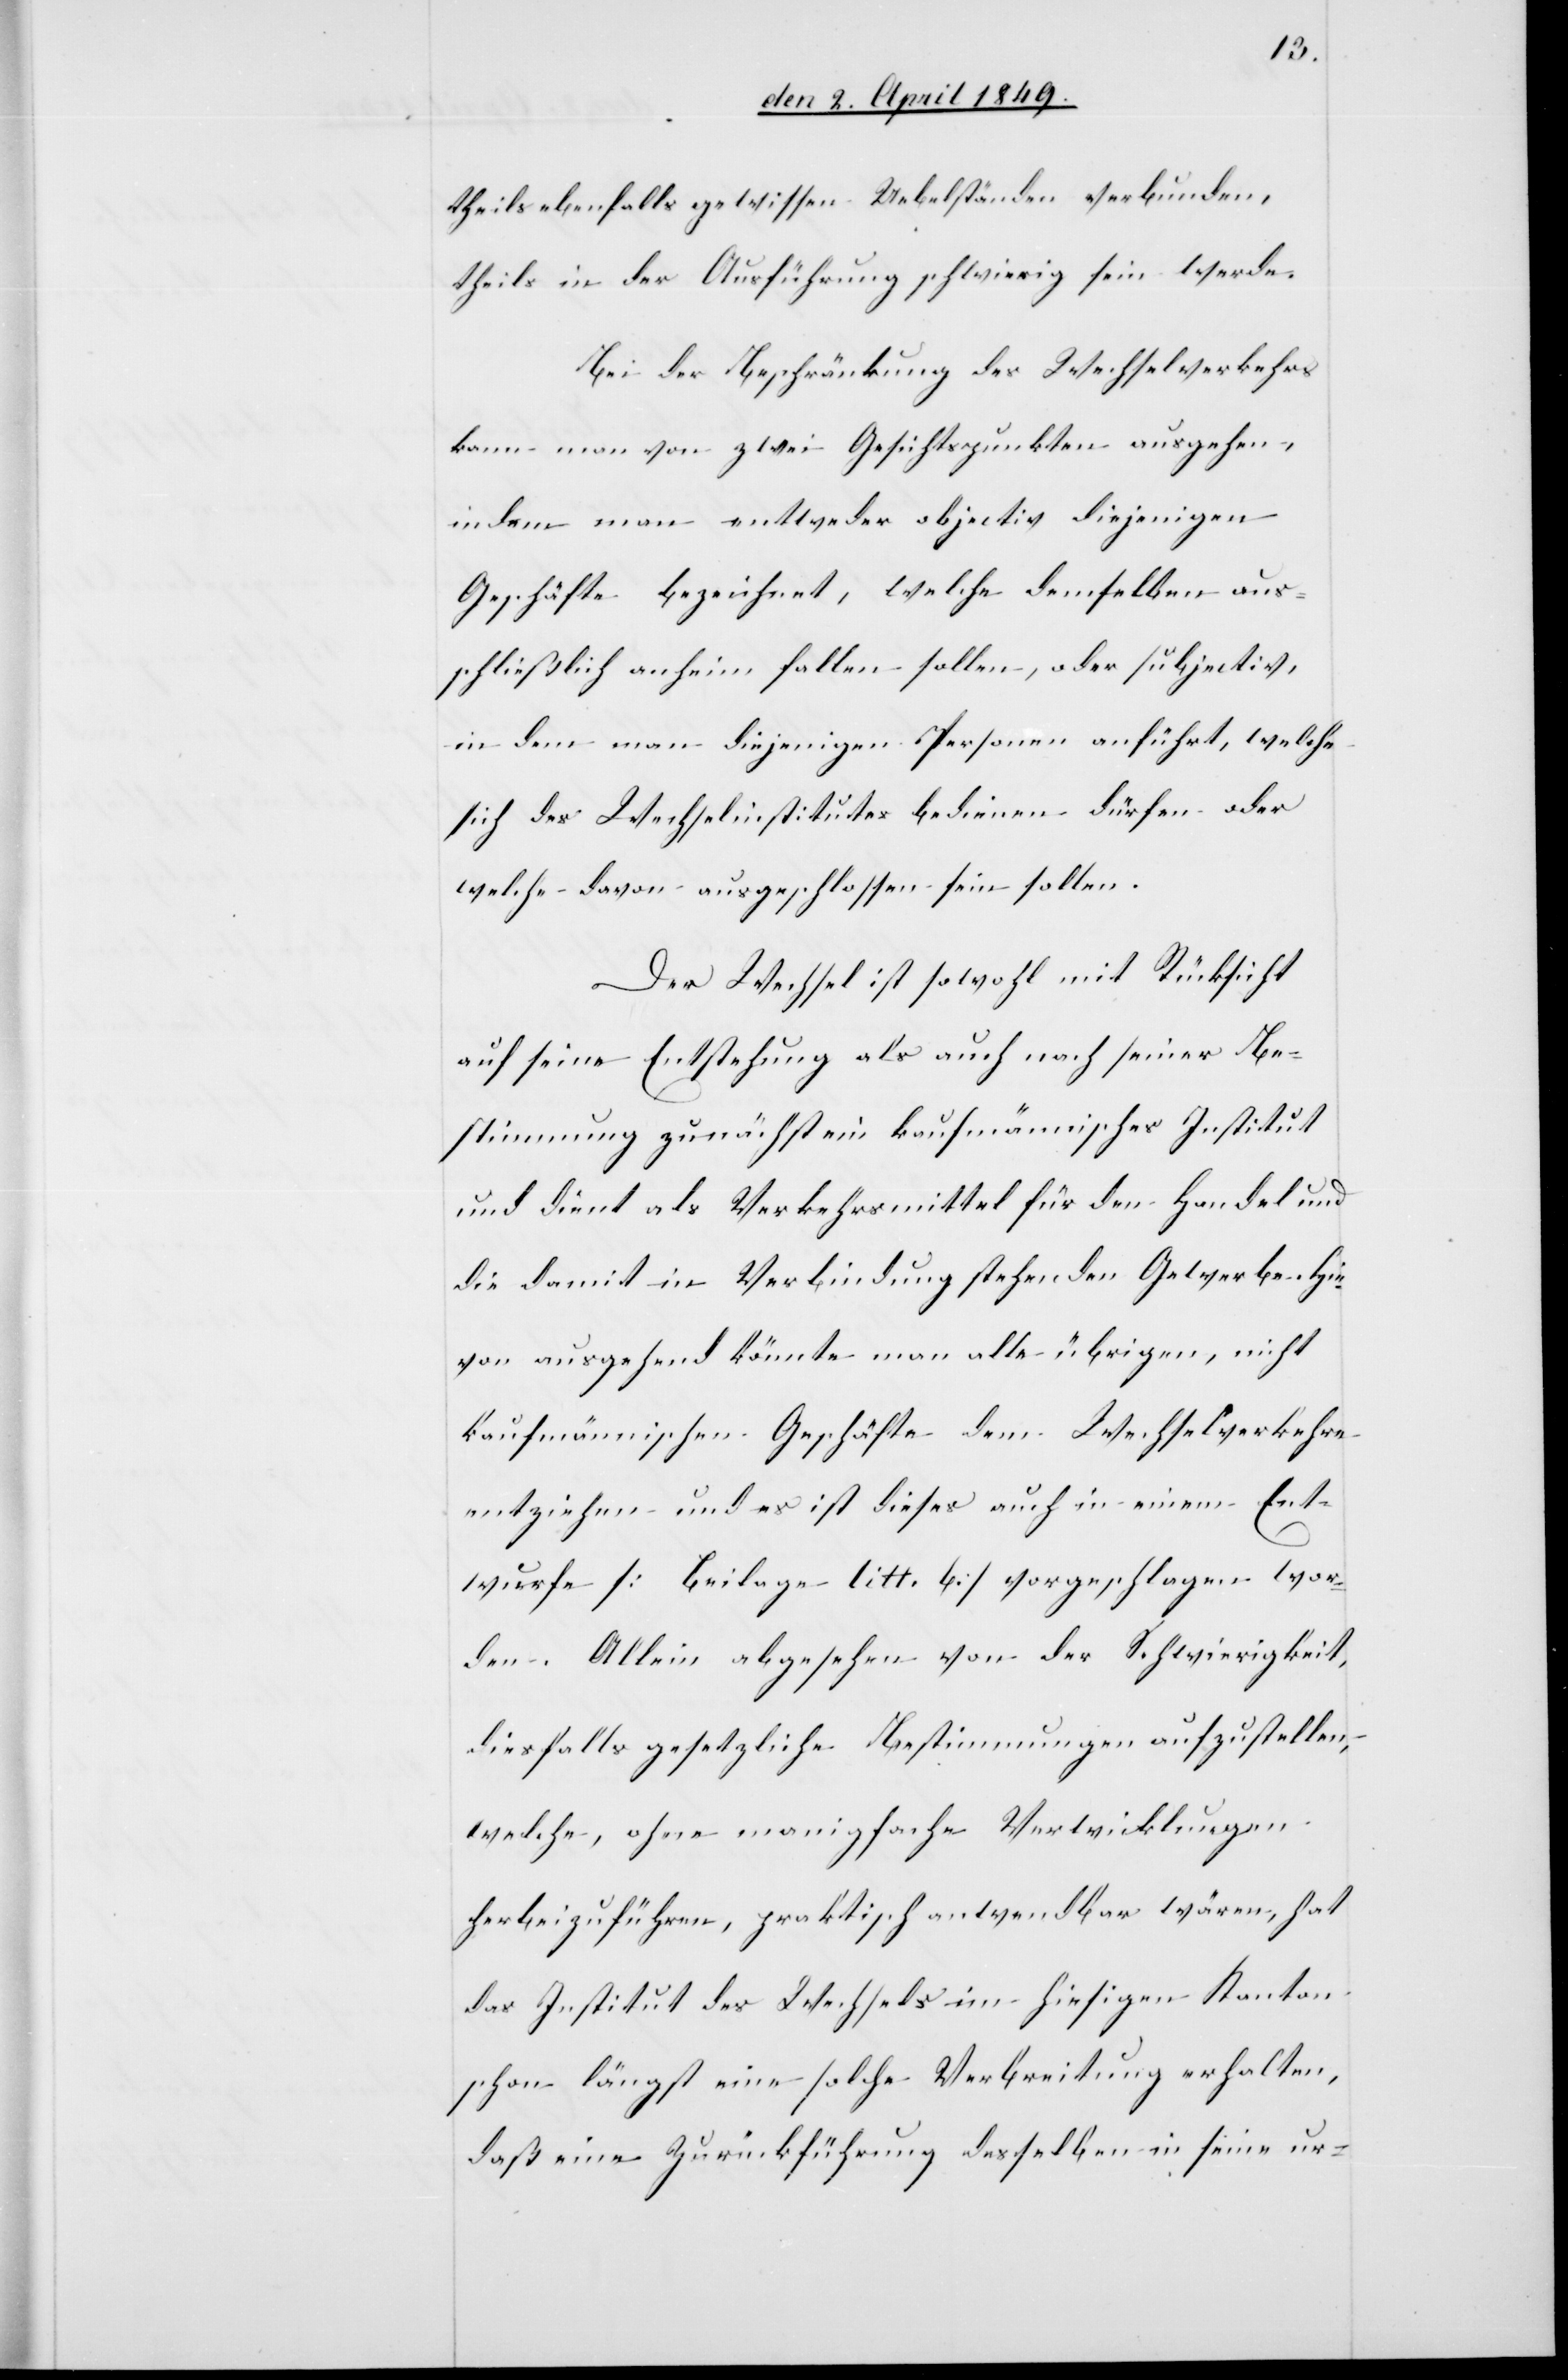
theils ebenfalls gewissen Uebelständen verbunden,
theils in der Ausführung schwierig sein werde.
Bei der Beschränkung des Wechselverkehrs
kann man von zwei Gesichtspunkten ausgehen,
indem man entweder objectiv diejenigen
Geschäfte bezeichnet, welche demselben aus¬
schließlich anheim fallen sollen, oder subjectiv,
in dem man diejenigen Personen anführt, welche
sich des Wechselinstitutes bedienen dürfen oder
welche davon ausgeschlossen sein sollen.
Der Wechsel ist sowohl mit Rücksicht
auf seine Entstehung als auch nach seiner Be¬
stimmung zunächst ein kaufmännisches Institut
und dient als Verkehrsmittel für den Handel und
die damit in Verbindung stehenden Gewerbe. Hie¬
von ausgehend könnte man alle übrigen, nicht
kaufmännischen Geschäfte dem Wechselverkehre
entziehen und es ist dieses auch in einem Ent¬
wurfe [Beilage litt. b] vorgeschlagen wor¬
den. Allein abgesehen von der Schwierigkeit,
diesfalls gesetzliche Bestimmungen aufzustellen,
welche, ohne manigfache Verwicklungen
herbeizuführen, praktisch anwendbar wären, hat
das Institut des Wechsels im hiesigen Kanton
schon längst eine solche Verbreitung erhalten,
daß eine Zurückführung desselben in seine ur-